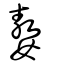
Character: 嫯